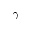
\gamma